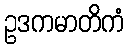
ဥဒကမာတိကံ